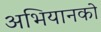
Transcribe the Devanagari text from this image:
अभियानको